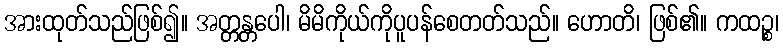
အားထုတ်သည်ဖြစ်၍။ အတ္တန္တပေါ၊ မိမိကိုယ်ကိုပူပန်စေတတ်သည်။ ဟောတိ၊ ဖြစ်၏။ ကထဉ္စ၊